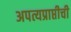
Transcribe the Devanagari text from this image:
अपत्यप्राप्तीची